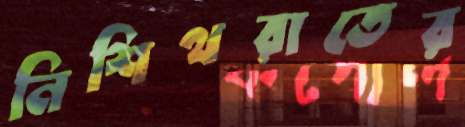
নিশিথরাতের